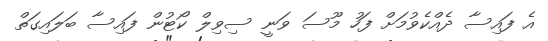
އެ ފައިސާ ދެއްކެވުމަށް ފަހު މޫސަ ވަނީ ސިވިލް ކޯޓުން ފައިސާ ބަލައިގަތް